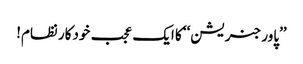
’’پاور جنریشن‘‘ کا ایک عجب خودکار نظام!